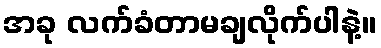
အခု လက်ခံတာမချလိုက်ပါနဲ့။